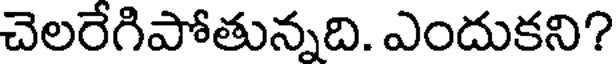
చెలరేగిపోతున్నది. ఎందుకని?